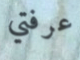
عرفتي